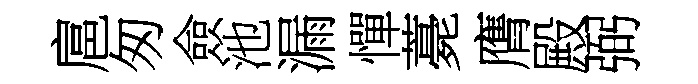
扈匆僉池漏憚薧膺殿弼